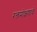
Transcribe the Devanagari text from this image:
रक्तमोक्षणाचे